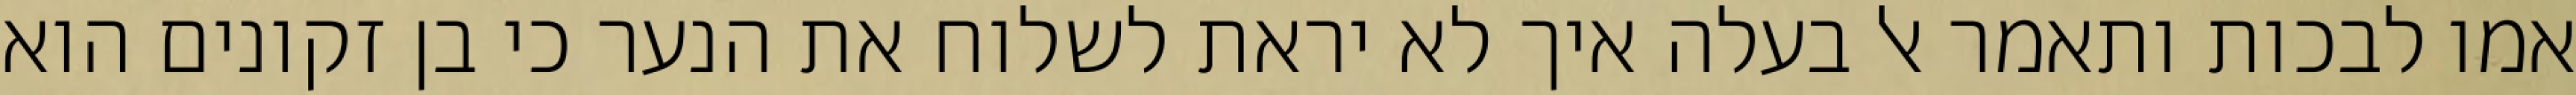
אמו לבכות ותאמר אל בעלה איך לא יראת לשלוח את הנער כי בן זקונים הוא